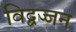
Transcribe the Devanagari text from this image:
विद्बज्जन